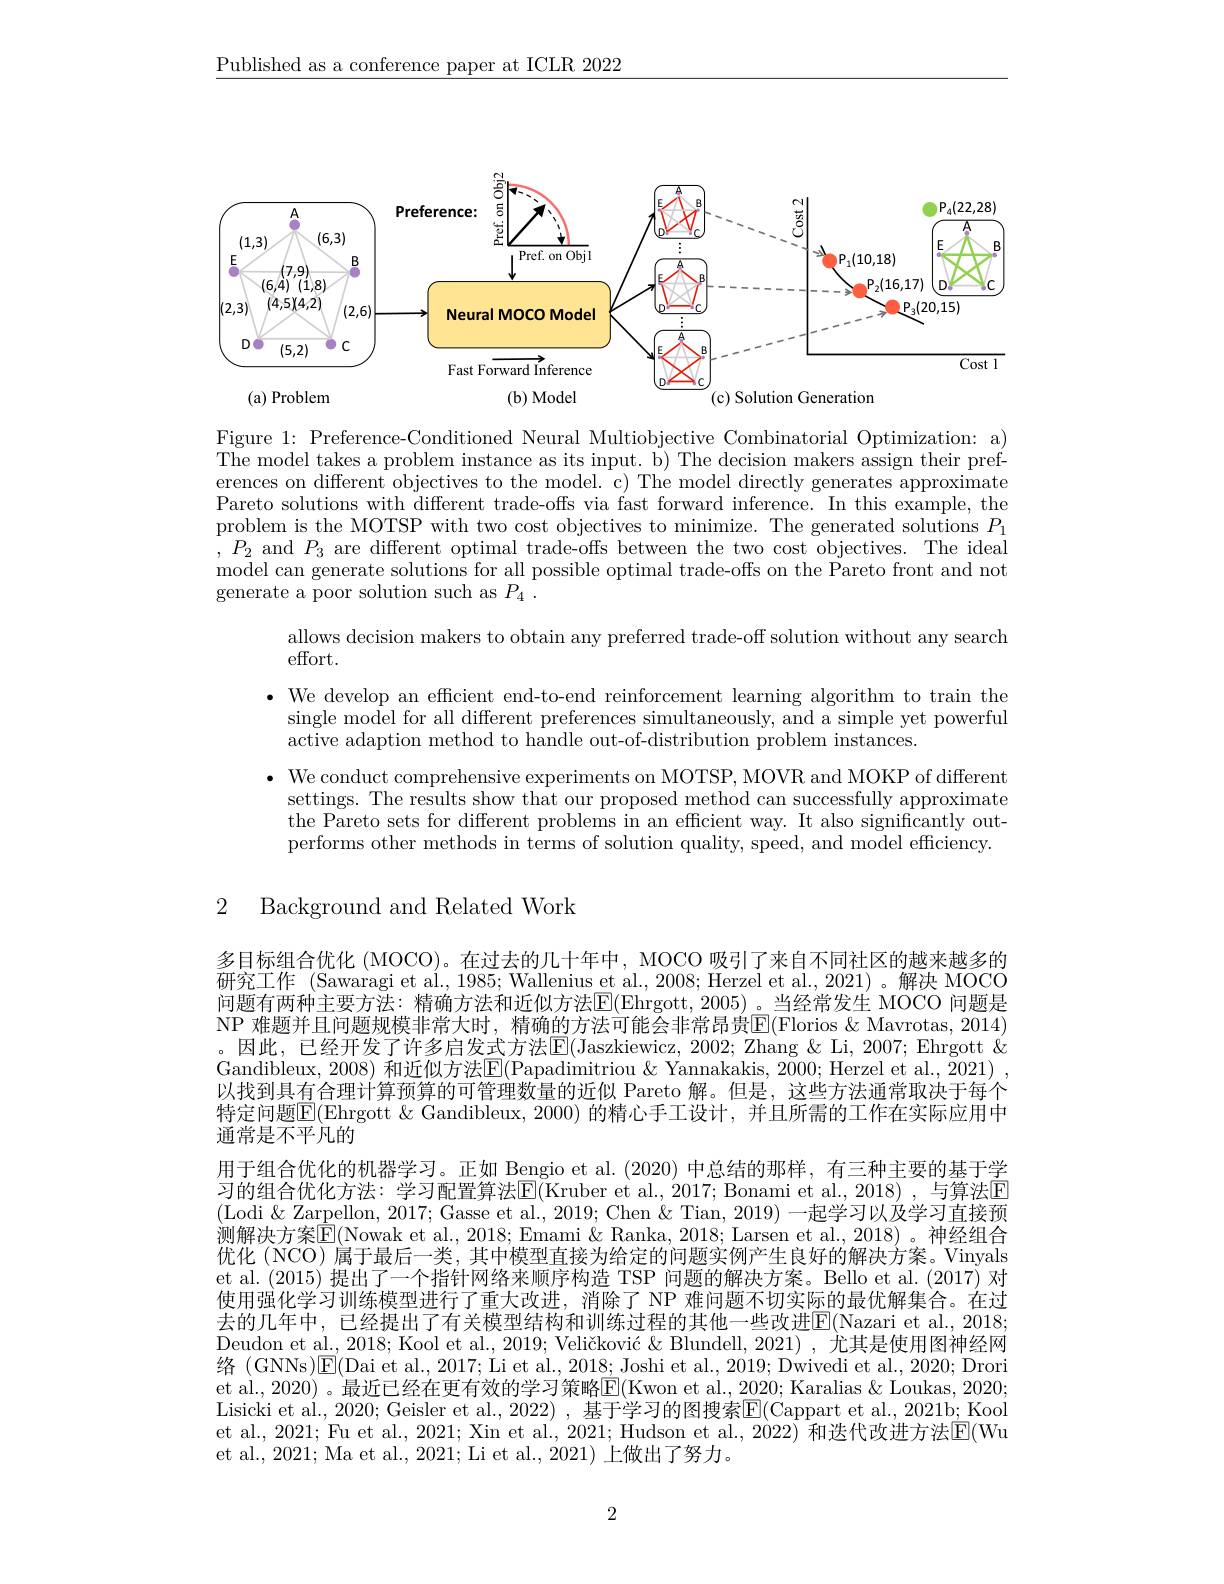
$\underline{\text{Published as a conference paper at ICLR 2022}}$

<FigureHere>

Figure 1: Preference-Conditioned Neural Multiobjective Combinatorial Optimization: a) The model takes a problem instance as its input. b) The decision makers assign their preferences on different objectives to the model. c) The model directly generates approximate Pareto solutions with different trade-offs via fast forward inference. In this example, the problem is the MOTSP with two cost objectives to minimize. The generated solutions $P_1$ $,P_2$ and $P_3$ are different optimal trade-offs between the two cost objectives. The ideal model can generate solutions for all possible optimal trade-offs on the Pareto front and not generate a poor solution such as $P_{4}$ .

allows decision makers to obtain any preferred trade-off solution without any search
effort.
· We develop an efficient end-to-end reinforcement learning algorithm to train the
single model for all different preferences simultaneously, and a simple yet powerful
active adaption method to handle out-of-distribution problem instances.
$\bullet$ We conduct comprehensive experiments on MOTSP, MOVR and MOKP of different
settings. The results show that our proposed method can successfully approximate the Pareto sets for different problems in an efficient way. It also significantly outperforms other methods in terms of solution quality, speed, and model efficiency.

## 2 Background and Related Work

多目标组合优化 (MOCO)。在过去的几十年中，MOCO 吸引了来自不同社区的越来越多的研究工作 (Sawaragi et al., 1985; Wallenius et al., 2008; Herzel et al., 2021)。解决 MOCO 问题有两种主要方法：精确方法和近似方法$\overline{\mathrm{E}}($Ehrgott,2005)。当经常发生 MOCO 问题是NP 难题并且问题规模非常大时，精确的方法可能会非常昂贵$\mathbb{E}($Florios &Mavrotas, 2014) 。因此，已经开发了许多启发式方法$\boxed{\mathrm{E}}($Jaszkiewicz, 2002; Zhang &Li, 2007; Ehrgott & Gandibleux, 2008) 和近似方法$\overline{\mathrm{E}}($Papadimitriou &Yannakakis, 2000; Herzel et al., 2021) , 以找到具有合理计算预算的可管理数量的近似 Pareto 解。但是，这些方法通常取决于每个特定问题$\mathbb{E}($Ehrgott &Gandibleux, 2000) 的精心手工设计，并且所需的工作在实际应用中通常是不平凡的
用于组合优化的机器学习。正如 Bengio et al. (2020)中总结的那样，有三种主要的基于学习的组合优化方法：学习配置算法E(Kruber et al., 2017; Bonami et al., 2018), 与算法E (Lodi & Zarpellon, 2017; Gasse et al., 2019; Chen & Tian, 2019) 一起学习以及学习直接预测解决方案$\hat{\mathbb{E}}($Nowak et al., 2018; Emami & Ranka, 2018; Larsen et al., 2018)。神经组合优化 (NCO) 属于最后一类，其中模型直接为给定的问题实例产生良好的解决方案。Vinyals et al. (2015) 提出了一个指针网络来顺序构造 TSP 问题的解决方案。Bello et al. (2017) 对使用强化学习训练模型进行了重大改进，消除了 NP 难问题不切实际的最优解集合。在过去的几年中，已经提出了有关模型结构和训练过程的其他一些改进E(Nazari et al.,2018; Deudon et al., 2018; Kool et al., 2019; Veličković & Blundell, 2021), 尤其是使用图神经网et al., 2020) 。最近已经在更有效的学习策略$\overline{\mathrm{E}}($Kwon et al., 2020; Karalias & Loukas, 2020; Lisicki et al., 2020; Geisler et al., 2022) , 基于学习的图搜索$\overline{\mathrm{E}}($Cappart et al., 2021b; Kool et al., 2021; Fu et al., 2021; Xin et al., 2021; Hudson et al., 2022) 和迭代改进方法$\overline{\mathrm{E}}($Wu et al., 2021; Ma et al., 2021; Li et al., 2021) 上做出了努力。

2